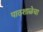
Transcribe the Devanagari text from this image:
पाठशाळेचा